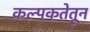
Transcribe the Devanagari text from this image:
कल्पकतेतून